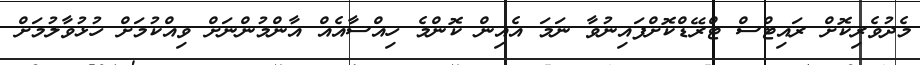
މެދުވެރިކޮށް ރައިޓްސް ޓްރޭޑްކޮށްފައިނުވާ ނަމަ އެއިން ކޮންމެ ހިއްސާއެއް އާންމުންނަށް ވިއްކުމަށް ހުޅުވާލުމަށް